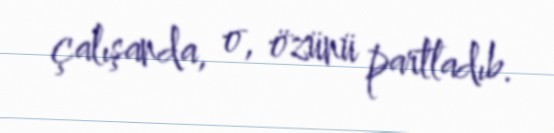
çalışanda, o, özünü partladıb.